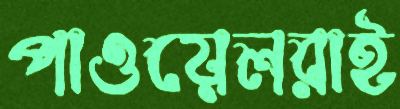
পাওয়েলরাই